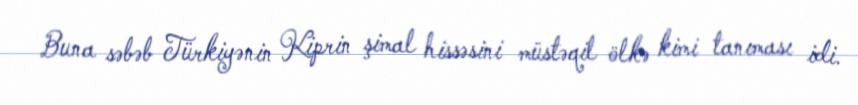
Buna səbəb Türkiyənin Kiprin şimal hissəsini müstəqil ölkə kimi tanıması idi.